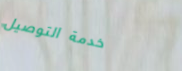
خدمة التوصيل